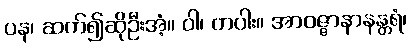
ပန၊ ဆက်၍ဆိုဦးအံ့။ ဝါ၊ တပါး။ အာဝဇ္ဇာနာနန္တရံ၊